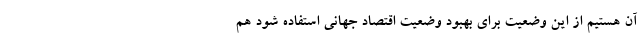
آن هستیم از این وضعیت برای بهبود وضعیت اقتصاد جهانی استفاده شود هم